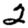
Digit: 2